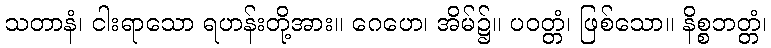
သတာနံ၊ ငါးရာသော ရဟန်းတို့အား။ ဂေဟေ၊ အိမ်၌။ ပဝတ္တံ၊ ဖြစ်သော။ နိစ္စဘတ္တံ၊